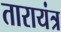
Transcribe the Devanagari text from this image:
तारायंत्र